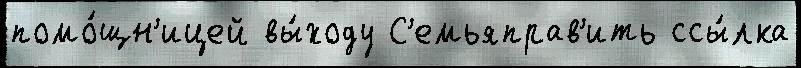
помо́щн'ицей вы́ходу С'емьяправ'ить ссы́лка